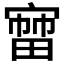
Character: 𡪒